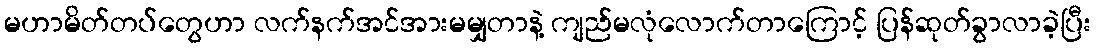
မဟာမိတ်တပ်တွေဟာ လက်နက်အင်အားမမျှတာနဲ့ ကျည်မလုံလောက်တာကြောင့် ပြန်ဆုတ်ခွာလာခဲ့ပြီး